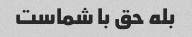
بله حق با شماست